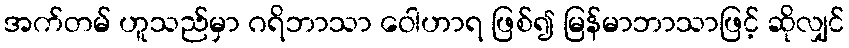
အက်တမ် ဟူသည်မှာ ဂရိဘာသာ ဝေါဟာရ ဖြစ်၍ မြန်မာဘာသာဖြင့် ဆိုလျှင်